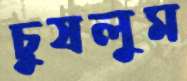
চুষলুম